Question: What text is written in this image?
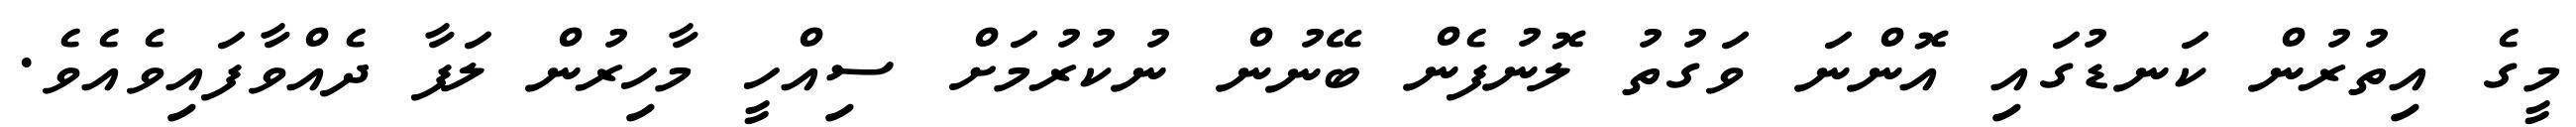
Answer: މީގެ އިތުރުން ކަނޑުގައި އޮންނަ ވަގުތު ލޮނުފެން ބޭނުން ނުކުރުމަށް ސިއްހީ މާހިރުން ލަފާ ދެއްވާފައިވެއެވެ.